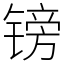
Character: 镑